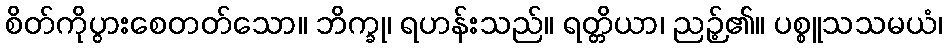
စိတ်ကိုပွားစေတတ်သော။ ဘိက္ခု၊ ရဟန်းသည်။ ရတ္တိယာ၊ ညဉ့်၏။ ပစ္စူသသမယံ၊